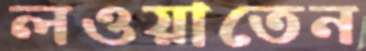
লওয়াতেন